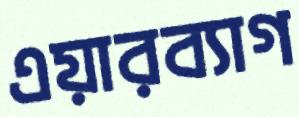
এয়ারব্যাগ